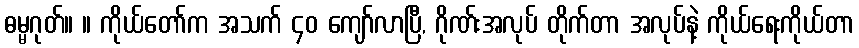
ဓမ္မဂုတ်။ ။ ကိုယ်တော်က အသက် ၄၀ ကျော်လာပြီ, ဂိုဏ်းအလုပ် တိုက်တာ အလုပ်နဲ့ ကိုယ်ရေးကိုယ်တာ